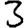
Digit: 3